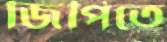
জিপিতে